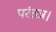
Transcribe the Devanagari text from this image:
परंतत्र।